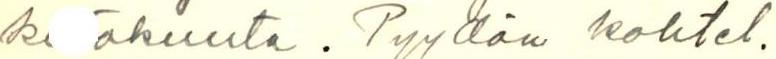
k äkuuta. Pyydän kohtel.